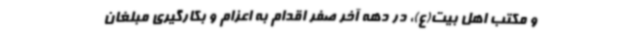
و مکتب اهل بیت(ع)، در دهه آخر صفر اقدام به اعزام و بکارگیری مبلغان